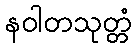
နဝါတသုတ္တံ